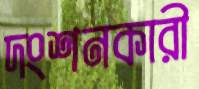
দংশনকারী